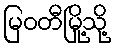
မြဝတီမြို့သို့